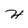
Character: H